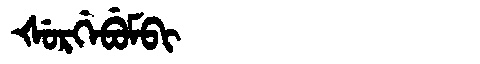
Manchu: ᡧᡠᡵᡤᡝᠪᡠᠮᠪᡳ
Romanization: ŠURGEBUMBI